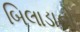
બિલાડાનો